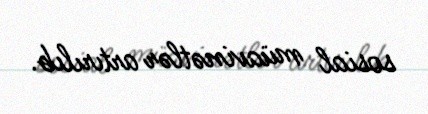
sosial müavinətlər artırılıb.